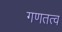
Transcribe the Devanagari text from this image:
गणतत्व